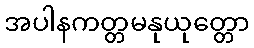
အပါနကတ္တမနုယုတ္တော